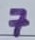
Text: 7